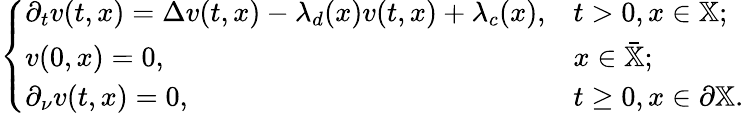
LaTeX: \begin{array}{r}{\left\{ \begin{array}{ll}{\partial_{t}v(t,x)=\Delta v(t,x)-\lambda_{d}(x)v(t,x)+\lambda_{c}(x),}&{t>0,x\in\mathbb{X};}\\ {v(0,x)=0,}&{x\in\bar{\mathbb{X}};}\\ {\partial_{\nu}v(t,x)=0,}&{t\geq 0,x\in\partial\mathbb{X}.}\end{array}\right.}\end{array}